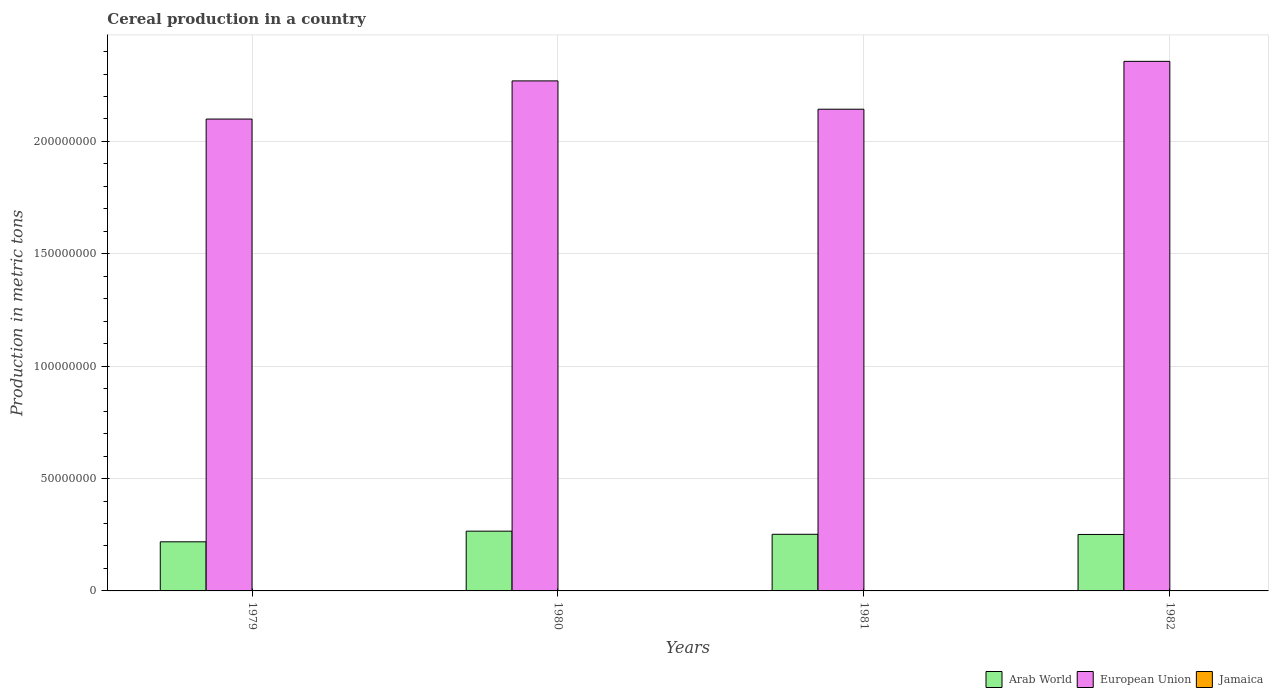
| Years | Arab World | European Union | Jamaica |
 | --- | --- | --- | --- |
 | 1979 | 2.19e+07 | 2.1e+08 | 7.31e+03 |
 | 1980 | 2.66e+07 | 2.27e+08 | 6.78e+03 |
 | 1981 | 2.52e+07 | 2.14e+08 | 6.37e+03 |
 | 1982 | 2.51e+07 | 2.36e+08 | 4.63e+03 |